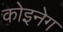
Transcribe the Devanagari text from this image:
कोइनेग